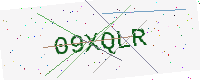
Text: 09XQLR